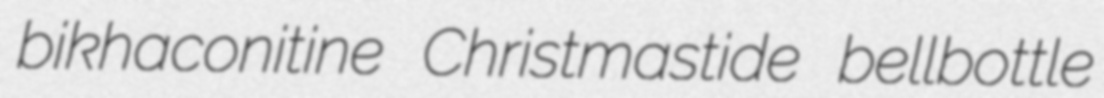
bikhaconitine Christmastide bellbottle